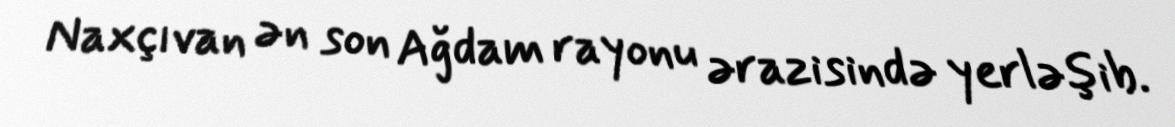
Naxçıvan ən son Ağdam rayonu ərazisində yerləşib.